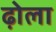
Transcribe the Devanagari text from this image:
ढ़ोला